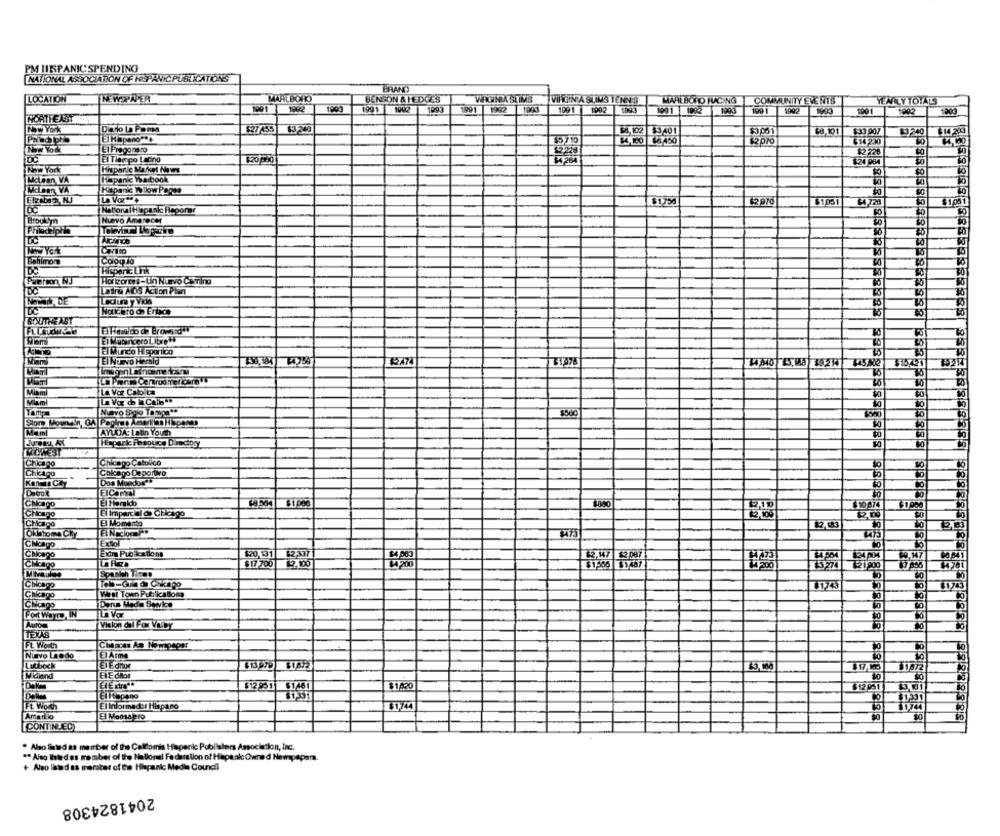
PM HISPANIC SPENDING
NATIONAL ASSOCIATION OF IESPANIC PUBLICATIONS
BRAND
LOCATION
IN WSPAPER
MARLBORO
BENSON & HEDGES
WAGINA SLIMS
VIRGIN A SLIMS TENNIS
MARLBORO FACING
COMMUNITY EVENTS
YEARLY TOTALS
1291
1992
1991 1992
1007
1991 1992 1993
1091 1992 1993
100%
19011992
1001
1992
NORTHEAST
Now York
Dato La Poma
$27455
$3,240
$4,102 E3, 401
$8,1001
$33.007
240 14 20
$4,100 $8450
12
New York
EI Preggnato
12 20
El Tiempo Latino
Now York
Malaan VA
Hapanie Warbook
Hapanic Wllow Pages
$1,750
62970
$4 728
$1001
KatonaiHispank Reponer
Nuevo Amanecer
Brooklyn
Carro
Bahlmore
Coog lo
DC
Hispanic Link
Patroon, NJ
Horizonte's-Un Nuevo Cimino
35
Latre ADS Action Plan
Ledura y Vida
Noticeto do Entyce
SOUTHEAST
10
TO
Wam
El Mubingero Libre
El Mundo Hipponico
El Nuevo Herald
1247
30
Miami
La Vor Cabolo
Miami
L Vax de laCalb ..
Nuevo Sigilo Tampa **
Tamp
$500
1080
Some Moonsn, GA Paginas Amarillas Hiperas
Mam
AYUDA: I Bon Your
Bureau, AX
LOWEST
Chicago Catolico
Chicago
--
10
Chicago
Chicago Deportivo
Dos Mundos"
to
ElCanal
El Hanako
Chicago
$10 074
Chicago
El Imparcial de Chicago
Chicago
El Momento
Fi Naciocar
#473
Extol
Exina Publications
$20,131
$2,337
Chicago
54 pe
W.17
Chicago
$17 700
$1590 $1487
15274
121,900
Chicago
Tobb-Gla Cikapo
Chicago
Wirst Town Publications
Derus Mada Service
Fort WOYTD, IN
L Var
Auto
Vision dall Fox VEIDY
TEXAS
FL Worth
Chances An Nomepeger
Nive Lando
Lucheck
EI Ednor
81872
Midland
12 251 61481
61461
$1420
12 051
El Mapano
Ft Worth
El Informador Hispano
$1,744
$1744
Amaro
El Monsalero
CONTINUED
. Also liated as member of the Calliomnis Hispanic Publialors Association, Inc.
** Also thedes member of the National Federation of Hispanic Ovmed Newspapera.
+ Also listed as meraber of the Hispanic Media Council
2041824308